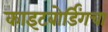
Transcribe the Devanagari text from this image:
काइटबोर्डिंगचा